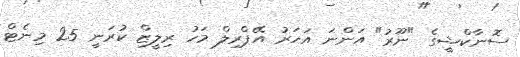
ސޮނާކްޝީގެ "ނޫރު" އަންނަ އަހަރު އޭޕްރިލް މަހު ރިލީޒް ކުރަނީ 25 މިނެޓް